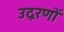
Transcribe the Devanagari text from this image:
उद्वरणों